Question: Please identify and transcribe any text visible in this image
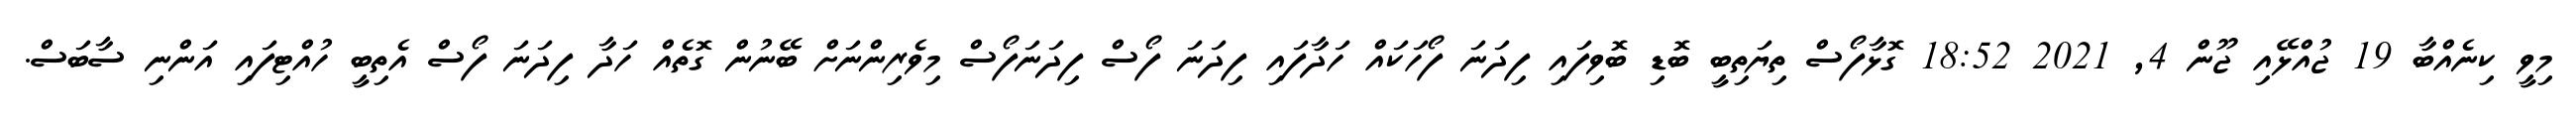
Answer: މިވީ ކިނެއްބާ 19 ޖުއްޅޭއި ޖޫން 4, 2021 18:52 ގޮޅާފޯސް ތިޔަތިބީ ބޮޑި ބޮވިފައި ފިދަނަ ފޯހަކައް ހަދާފައި ފިދަނަ ފޯސް ފިދަނަފޯސް މިވެރިންނަށް ބޭނުން ގޮތެއް ހަދާ ފިދަނަ ފޯސް އެތިބީ ހުއްޓިފައި އަންނި ސާބަސް.